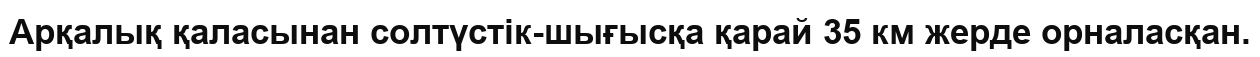
Арқалық қаласынан солтүстік-шығысқа қарай 35 км жерде орналасқан.